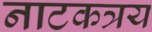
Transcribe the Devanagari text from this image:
नाटकत्रय